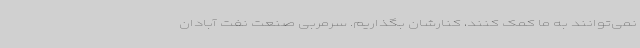
نمی‌توانند به ما کمک کنند، کنارشان بگذاریم. سرمربی صنعت نفت آبادان